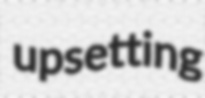
upsetting